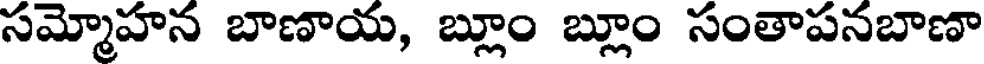
సమ్మోహన బాణాయ, బ్లూం బ్లూం సంతాపనబాణా